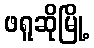
ဖရူဆိုမြို့